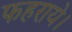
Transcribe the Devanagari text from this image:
फहराये।